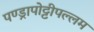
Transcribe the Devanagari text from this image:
पण्ड्रापोट्टीपल्लम